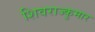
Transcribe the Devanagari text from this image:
शिवराज्कुमार